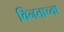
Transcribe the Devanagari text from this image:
विनताच्या